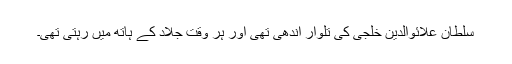
سلطان علائوالدین خلجی کی تلوار اندھی تھی اور ہر وقت جلاد کے ہاتھ میں رہتی تھی۔